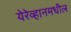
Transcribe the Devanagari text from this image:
येरेव्हानमधील